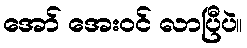
အော် အေးဝင် လာပြီပဲ။